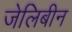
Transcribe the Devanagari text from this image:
जेलिबीन